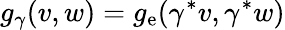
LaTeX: g_{\gamma}(v,w)=g_{\mathrm{e}}(\gamma^{*}v,\gamma^{*}w)